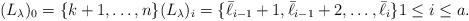
LaTeX: \begin{align*}(L_\lambda)_0= \{k+1, \dots, n\} (L_\lambda)_i= \{\bar \ell_{i-1}+1, \bar \ell_{i-1}+2, \dots, \bar \ell_{i} \} 1\leq i\leq a.\end{align*}